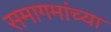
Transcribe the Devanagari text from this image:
समागमांच्या